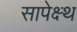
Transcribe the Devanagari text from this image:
सापेक्ष्थ